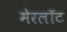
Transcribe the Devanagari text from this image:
मेरलॉट